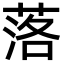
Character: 落